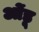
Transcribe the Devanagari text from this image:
ओंडू